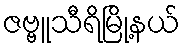
ဇဗ္ဗူသီရိမြို့နယ်